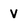
Character: V